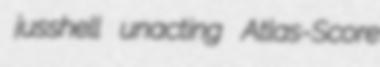
jusshell unacting Atlas-Score